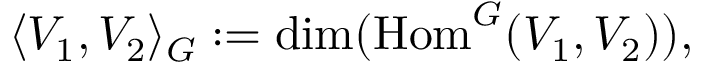
\langle V _ { 1 } , V _ { 2 } \rangle _ { G } : = \dim ( { \mathrm { H o m } } ^ { G } ( V _ { 1 } , V _ { 2 } ) ) ,